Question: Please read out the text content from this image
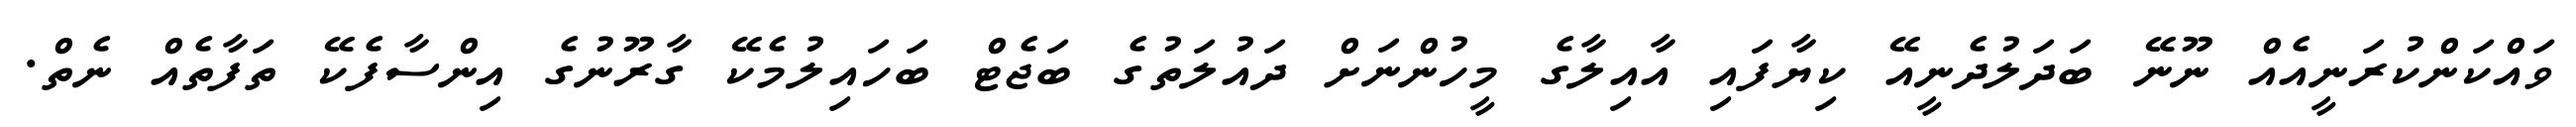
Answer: ވައްކަންކުރަނީއެއް ނޫނޭ ބަދަލުދެނީއޭ ކިޔާފައި އާއިލާގެ މީހުންނަށް ދައުލަތުގެ ބަޖެޓް ބަހައިލުމެކޭ ގާރޫނުގެ އިންސާފެކޭ ތަފާތެއް ނެތް.